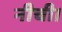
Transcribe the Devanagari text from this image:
नीची।